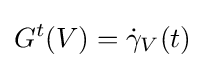
G^{t}(V)={\dot {\gamma }}_{V}(t)